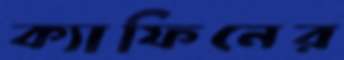
ক্যাফিনের